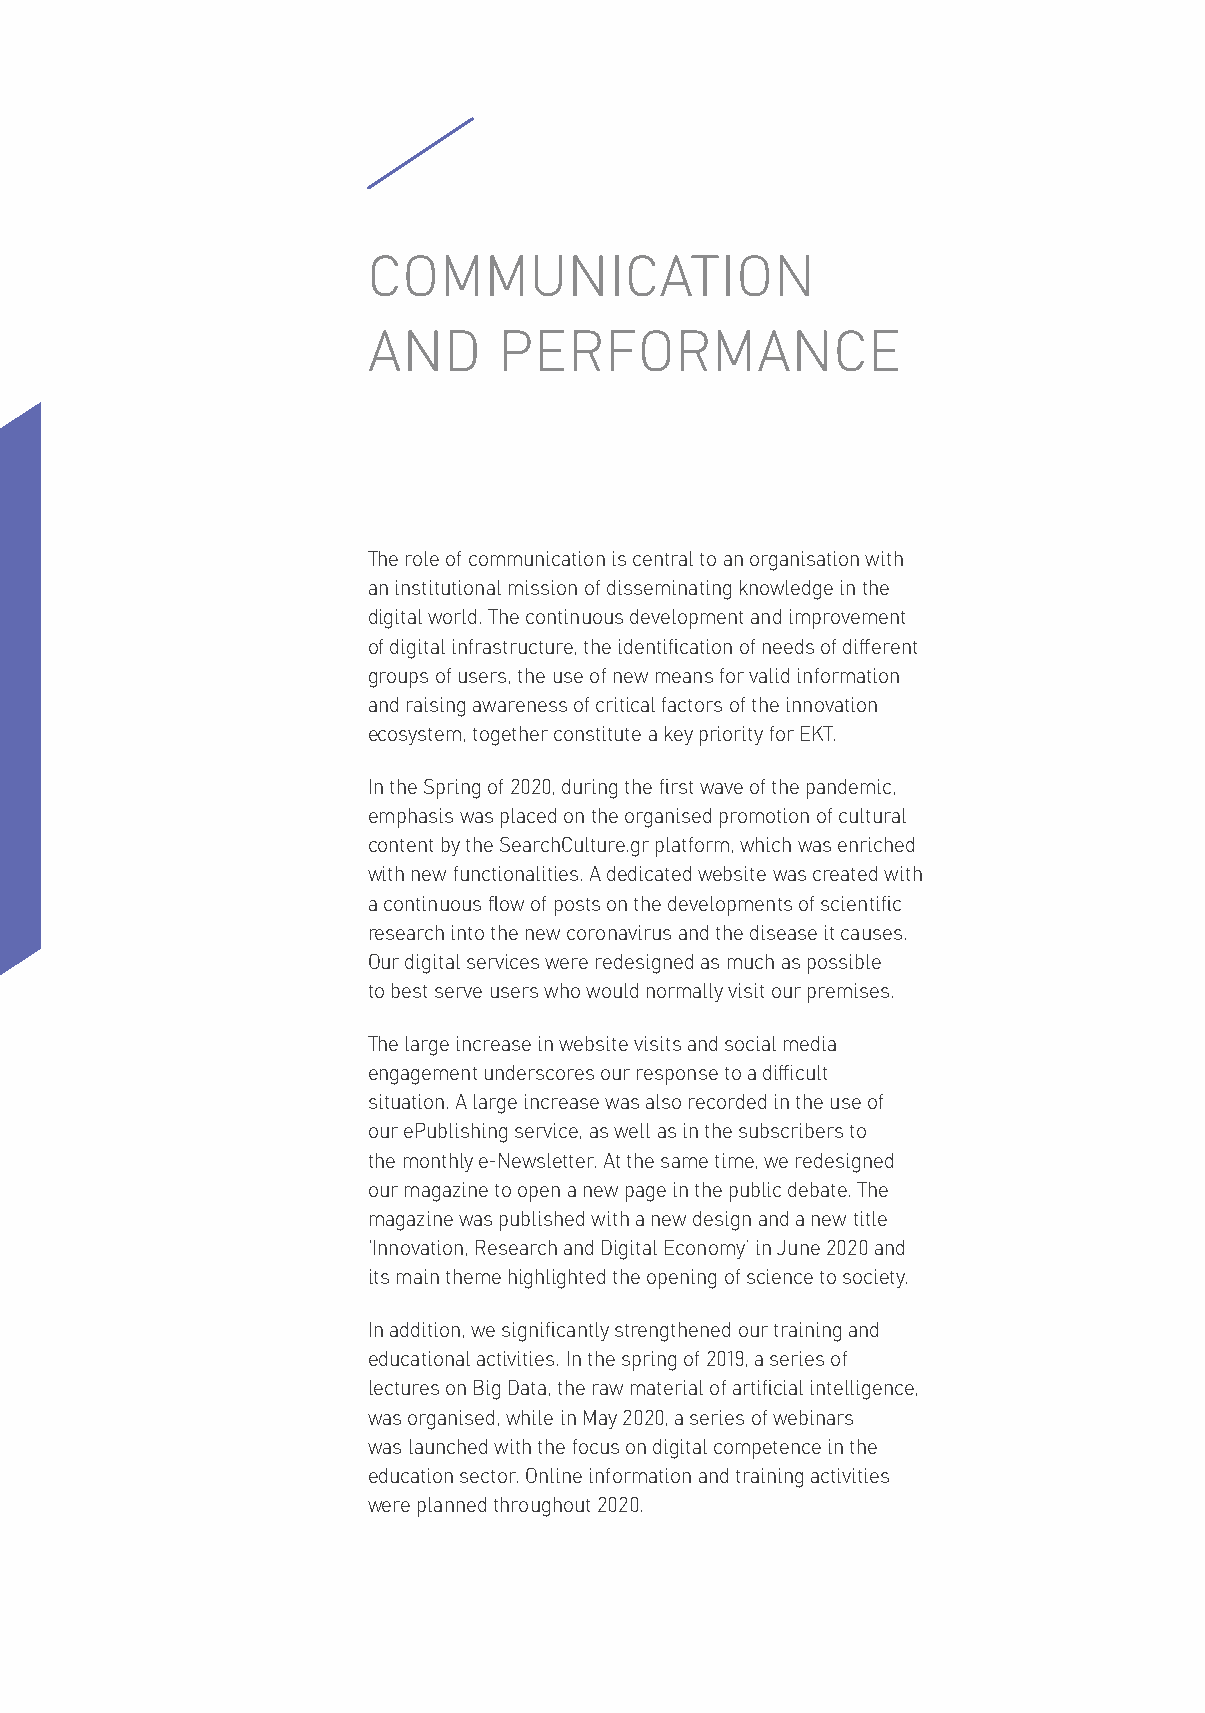
COMMUNICATION
 AND      PERFORMANCE
 The role of communication is central to an organisation with
 an institutional mission of disseminating knowledge in the
 digital world. The continuous development and improvement
 of digital infrastructure, the identification of needs of different
 groups of users, the use of new means for valid information
 and raising awareness of critical factors of the innovation
 ecosystem, together constitute a key priority for EKT.
 In the Spring of 2020, during the first wave of the pandemic,
 emphasis was placed on the organised promotion of cultural
 content by the SearchCulture.gr platform, which was enriched
 with new functionalities. A dedicated website was created with
 a continuous flow of posts on the developments of scientific
 research into the new coronavirus and the disease it causes.
 Our digital services were redesigned as much as possible
 to best serve users who would normally visit our premises.
 The large increase in website visits and social media
 engagement underscores our response to a difficult
 situation. A large increase was also recorded in the use of
 our ePublishing service, as well as in the subscribers to
 the monthly e-Newsletter. At the same time, we redesigned
 our magazine to open a new page in the public debate. The
 magazine was published with a new design and a new title
 ‘Innovation, Research and Digital Economy’ in June 2020 and
 its main theme highlighted the opening of science to society.
 In addition, we significantly strengthened our training and
 educational activities. In the spring of 2019, a series of
 lectures on Big Data, the raw material of artificial intelligence,
 was organised, while in May 2020, a series of webinars
 was launched with the focus on digital competence in the
 education sector. Online information and training activities
 were planned throughout 2020.